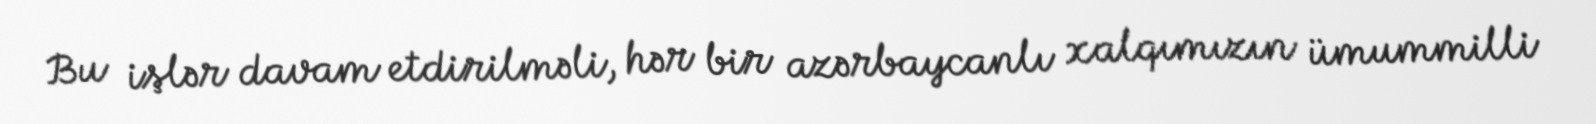
Bu işlər davam etdirilməli, hər bir azərbaycanlı xalqımızın ümummilli